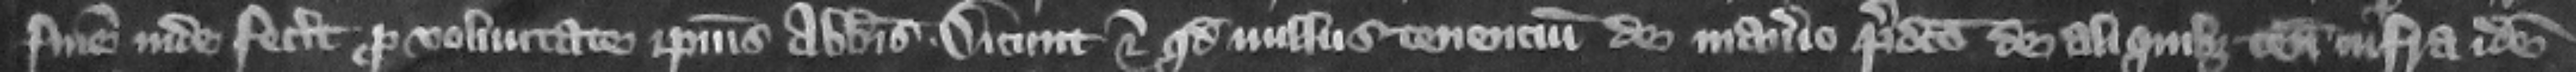
finem inde fecerit pro voluntate ipsius abbatis. Dicunt eciam quod nullus tenencium de manerio predicto de aliquibus tenementis infra idem